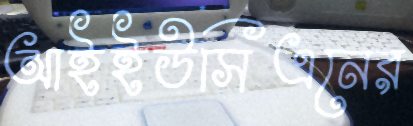
আইইউসিএনের